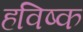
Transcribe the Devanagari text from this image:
हविष्क